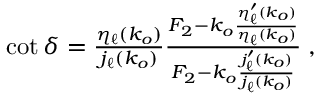
\begin{array} { r } { \cot \delta = \frac { \eta _ { \ell } ( k _ { o } ) } { j _ { \ell } ( k _ { o } ) } \frac { F _ { 2 } - k _ { o } \frac { \eta _ { \ell } ^ { \prime } ( k _ { o } ) } { \eta _ { \ell } ( k _ { o } ) } } { F _ { 2 } - k _ { o } \frac { j _ { \ell } ^ { \prime } ( k _ { o } ) } { j _ { \ell } ( k _ { o } ) } } \; , } \end{array}